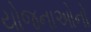
યોજનાઓનો